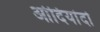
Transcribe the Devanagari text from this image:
ओदियांदो